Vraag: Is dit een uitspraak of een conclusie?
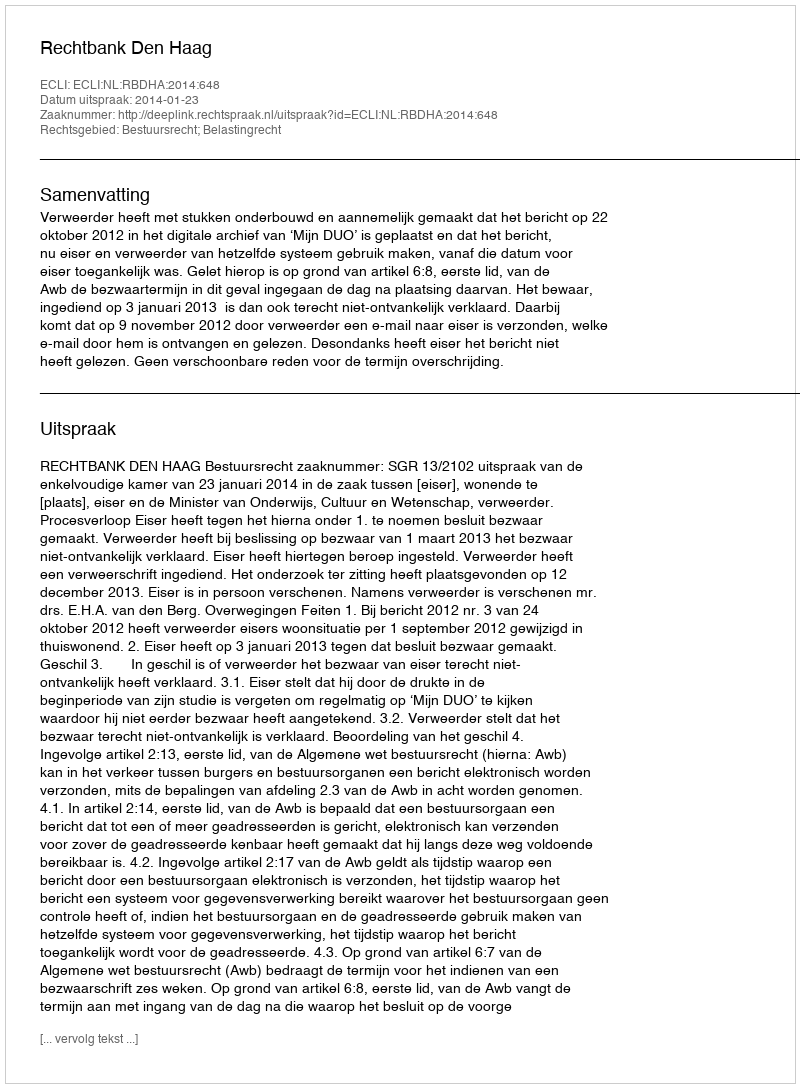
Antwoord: Uitspraak